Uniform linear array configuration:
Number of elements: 16
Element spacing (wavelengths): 0.25
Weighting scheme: uniform
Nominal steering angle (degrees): -45
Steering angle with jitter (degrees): -44.764
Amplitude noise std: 0.05
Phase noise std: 0.05

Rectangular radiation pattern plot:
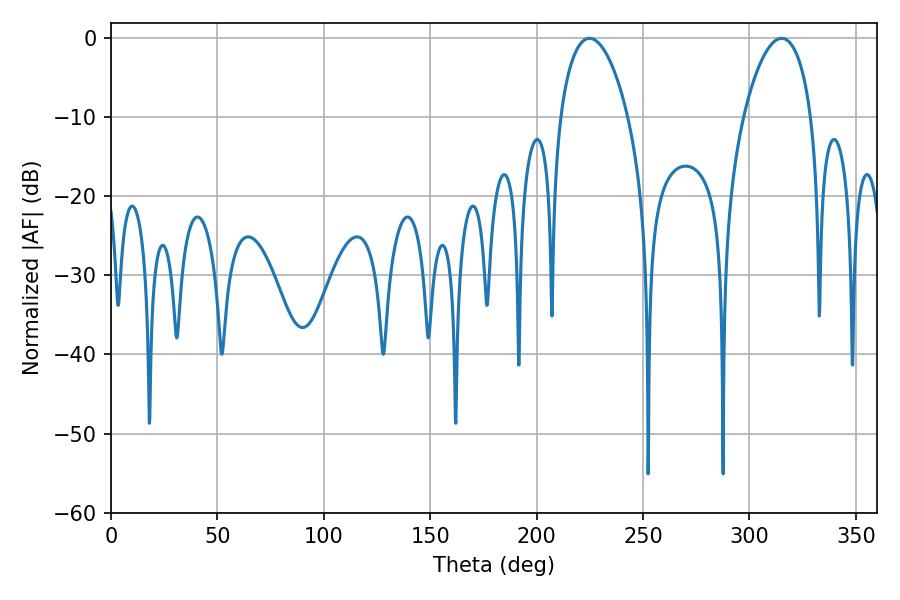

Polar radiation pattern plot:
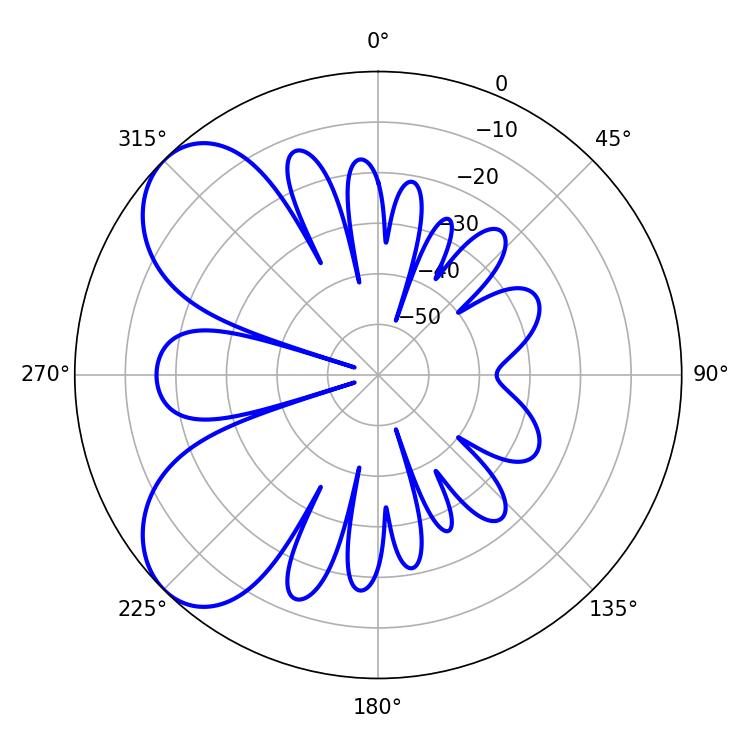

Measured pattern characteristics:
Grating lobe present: FALSE
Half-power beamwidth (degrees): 18
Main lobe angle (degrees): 224.82